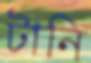
টানি